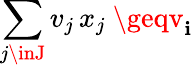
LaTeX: \sum_{j\inJ}v_{j}\, x_{j}\ \geqv_{\mathbf{i}}